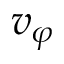
v _ { \varphi }